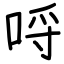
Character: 哷